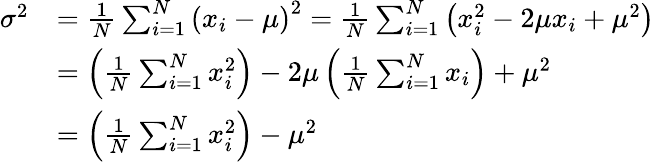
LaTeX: {\begin{array}{rl}{\sigma^{2}}&{={\frac{1}{N}}\sum_{i=1}^{N}\left(x_{i}-\mu\right)^{2}={\frac{1}{N}}\sum_{i=1}^{N}\left(x_{i}^{2}-2\mu x_{i}+\mu^{2}\right)}\\ &{=\left({\frac{1}{N}}\sum_{i=1}^{N}x_{i}^{2}\right)-2\mu\left({\frac{1}{N}}\sum_{i=1}^{N}x_{i}\right)+\mu^{2}}\\ &{=\left({\frac{1}{N}}\sum_{i=1}^{N}x_{i}^{2}\right)-\mu^{2}}\end{array}}